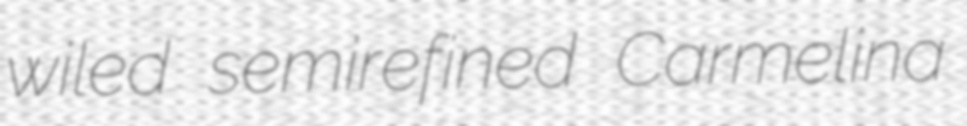
wiled semirefined Carmelina